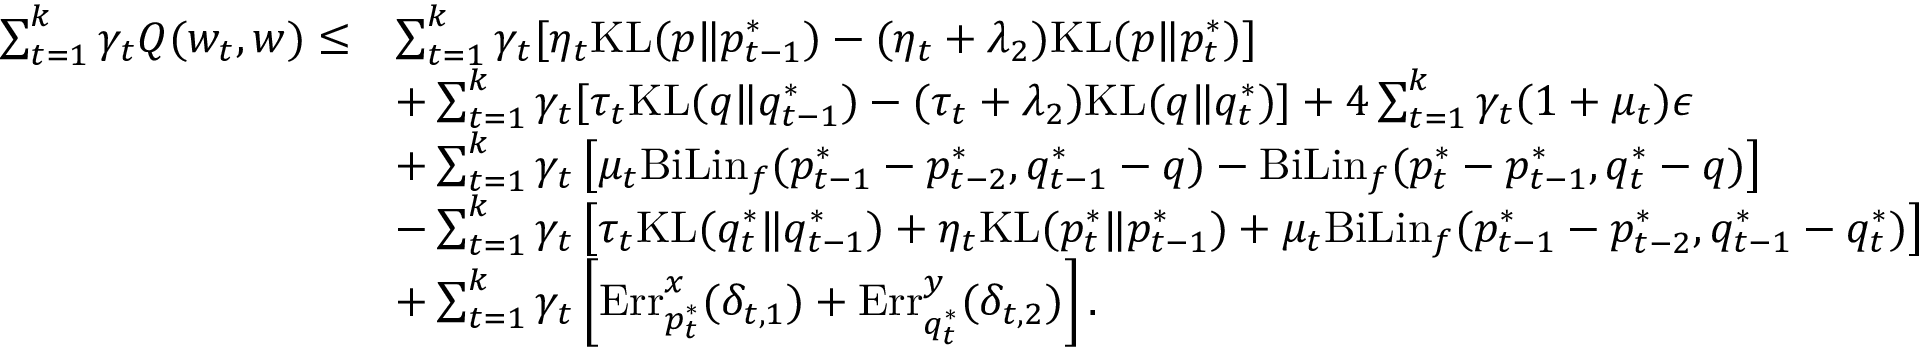
\begin{array} { r l } { \sum _ { t = 1 } ^ { k } \gamma _ { t } Q ( w _ { t } , w ) \leq } & { \sum _ { t = 1 } ^ { k } \gamma _ { t } [ \eta _ { t } \mathrm { K L } ( p \| p _ { t - 1 } ^ { * } ) - ( \eta _ { t } + \lambda _ { 2 } ) \mathrm { K L } ( p \| p _ { t } ^ { * } ) ] } \\ & { + \sum _ { t = 1 } ^ { k } \gamma _ { t } [ \tau _ { t } \mathrm { K L } ( q \| q _ { t - 1 } ^ { * } ) - ( \tau _ { t } + \lambda _ { 2 } ) \mathrm { K L } ( q \| q _ { t } ^ { * } ) ] + 4 \sum _ { t = 1 } ^ { k } \gamma _ { t } ( 1 + \mu _ { t } ) \epsilon } \\ & { + \sum _ { t = 1 } ^ { k } \gamma _ { t } \left[ \mu _ { t } \mathrm { B i L i n } _ { f } ( p _ { t - 1 } ^ { * } - p _ { t - 2 } ^ { * } , q _ { t - 1 } ^ { * } - q ) - \mathrm { B i L i n } _ { f } ( p _ { t } ^ { * } - p _ { t - 1 } ^ { * } , q _ { t } ^ { * } - q ) \right] } \\ & { - \sum _ { t = 1 } ^ { k } \gamma _ { t } \left[ \tau _ { t } \mathrm { K L } ( q _ { t } ^ { * } \| q _ { t - 1 } ^ { * } ) + \eta _ { t } \mathrm { K L } ( p _ { t } ^ { * } \| p _ { t - 1 } ^ { * } ) + \mu _ { t } \mathrm { B i L i n } _ { f } ( p _ { t - 1 } ^ { * } - p _ { t - 2 } ^ { * } , q _ { t - 1 } ^ { * } - q _ { t } ^ { * } ) \right] } \\ & { + \sum _ { t = 1 } ^ { k } \gamma _ { t } \left[ \mathrm { E r r } _ { p _ { t } ^ { * } } ^ { x } ( \delta _ { t , 1 } ) + \mathrm { E r r } _ { q _ { t } ^ { * } } ^ { y } ( \delta _ { t , 2 } ) \right] . } \end{array}